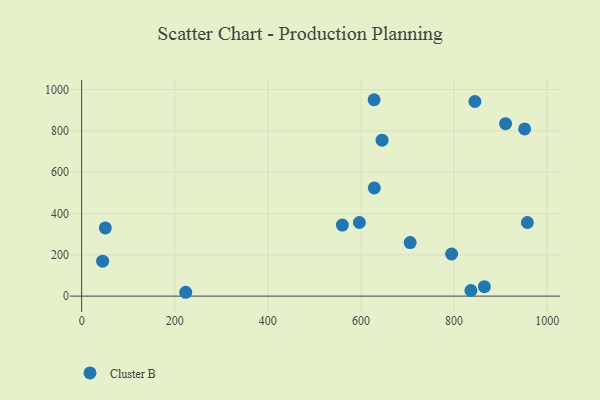
{"axis": {"x": "Speed", "y": "Yield"}, "legend": ["Cluster B"], "data": [{"x": "910.6", "y": 834.8, "type": "Cluster B"}, {"x": "628.2", "y": 950.8, "type": "Cluster B"}, {"x": "596.6", "y": 356.3, "type": "Cluster B"}, {"x": "645.3", "y": 754.8, "type": "Cluster B"}, {"x": "865.0", "y": 45.8, "type": "Cluster B"}, {"x": "705.6", "y": 259.1, "type": "Cluster B"}, {"x": "794.7", "y": 203.8, "type": "Cluster B"}, {"x": "957.4", "y": 356.3, "type": "Cluster B"}, {"x": "844.7", "y": 942.3, "type": "Cluster B"}, {"x": "50.9", "y": 330.0, "type": "Cluster B"}, {"x": "223.6", "y": 18.6, "type": "Cluster B"}, {"x": "836.1", "y": 27.1, "type": "Cluster B"}, {"x": "628.6", "y": 523.8, "type": "Cluster B"}, {"x": "951.5", "y": 809.3, "type": "Cluster B"}, {"x": "45.1", "y": 169.2, "type": "Cluster B"}, {"x": "560.0", "y": 343.8, "type": "Cluster B"}]}